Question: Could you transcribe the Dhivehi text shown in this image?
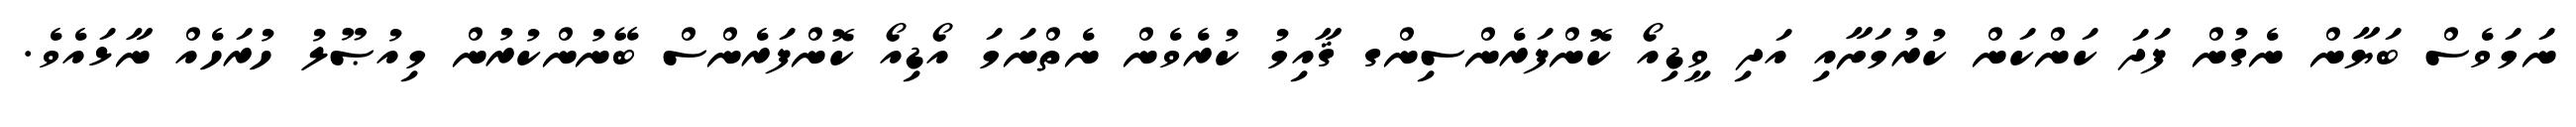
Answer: ނަމަވެސް ބަޔާން ނެގުން ފަދަ ކަންކަން ކުރުމަށާއި އަދި ވީޑިއޯ ކޮންފަރެންސިންގ ޤާއިމު ކުރެވެން ނެތްނަމަ އޯޑިއޯ ކޮންފަރެންސް ބޭނުންކުރުން މިއުޞޫލު ހުރަހެއް ނާޅައެވެ.